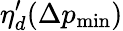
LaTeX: \eta_{d}^{\prime}(\Delta p_{\mathrm{min}})